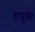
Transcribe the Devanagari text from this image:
बासुकी